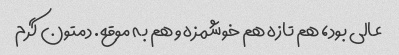
عالی بود، هم تازه هم خوشمزه و هم به موقع. دمتون گرم